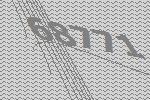
68771